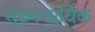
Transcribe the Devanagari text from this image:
सूक्ष्मआर्थिक